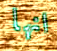
انها